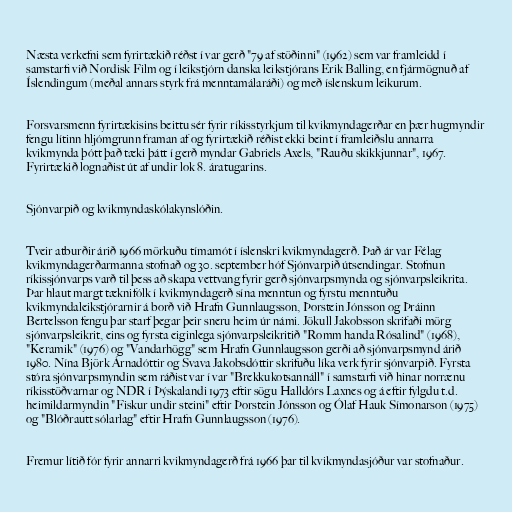
Næsta verkefni sem fyrirtækið réðst í var gerð "79 af stöðinni" (1962) sem var framleidd í
samstarfi við Nordisk Film og í leikstjórn danska leikstjórans Erik Balling, en fjármögnuð af
Íslendingum (meðal annars styrk frá menntamálaráði) og með íslenskum leikurum.

Forsvarsmenn fyrirtækisins beittu sér fyrir ríkisstyrkjum til kvikmyndagerðar en þær hugmyndir
fengu lítinn hljómgrunn framan af og fyrirtækið réðist ekki beint í framleiðslu annarra
kvikmynda þótt það tæki þátt í gerð myndar Gabriels Axels, "Rauðu skikkjunnar", 1967.
Fyrirtækið lognaðist út af undir lok 8. áratugarins.

Sjónvarpið og kvikmyndaskólakynslóðin.

Tveir atburðir árið 1966 mörkuðu tímamót í íslenskri kvikmyndagerð. Það ár var Félag
kvikmyndagerðarmanna stofnað og 30. september hóf Sjónvarpið útsendingar. Stofnun
ríkissjónvarps varð til þess að skapa vettvang fyrir gerð sjónvarpsmynda og sjónvarpsleikrita.
Þar hlaut margt tæknifólk í kvikmyndagerð sína menntun og fyrstu menntuðu
kvikmyndaleikstjórarnir á borð við Hrafn Gunnlaugsson, Þorstein Jónsson og Þráinn
Bertelsson fengu þar starf þegar þeir sneru heim úr námi. Jökull Jakobsson skrifaði mörg
sjónvarpsleikrit, eins og fyrsta eiginlega sjónvarpsleikritið "Romm handa Rósalind" (1968),
"Keramik" (1976) og "Vandarhögg" sem Hrafn Gunnlaugsson gerði að sjónvarpsmynd árið
1980. Nína Björk Árnadóttir og Svava Jakobsdóttir skrifuðu líka verk fyrir sjónvarpið. Fyrsta
stóra sjónvarpsmyndin sem ráðist var í var "Brekkukotsannáll" í samstarfi við hinar norrænu
ríkisstöðvarnar og NDR í Þýskalandi 1973 eftir sögu Halldórs Laxnes og á eftir fylgdu t.d.
heimildarmyndin "Fiskur undir steini" eftir Þorstein Jónsson og Ólaf Hauk Símonarson (1975)
og "Blóðrautt sólarlag" eftir Hrafn Gunnlaugsson (1976).

Fremur lítið fór fyrir annarri kvikmyndagerð frá 1966 þar til kvikmyndasjóður var stofnaður.